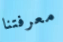
معرفتنا